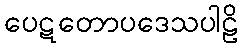
ပေဋတောပဒေသပါဠိ